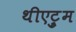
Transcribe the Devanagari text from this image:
थीएट्रुम